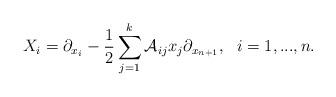
LaTeX: \begin{align*}X_i=\partial_{x_i}-\frac{1}{2}\sum_{j=1}^k \mathcal A_{ij}x_j\partial_{x_{n+1}},\ \ i=1,...,n.\end{align*}